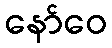
နော်ဝေ